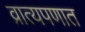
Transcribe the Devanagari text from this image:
व्रात्यपणात